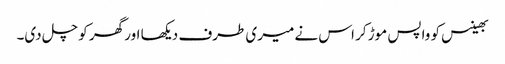
بھینس کو واپس موڑ کر اس نے میری طرف دیکھا اور گھر کو چل دی۔